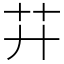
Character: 𦬇